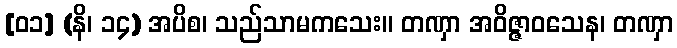
[၀၁] (နိ၊ ၁၄) အပိစ၊ သည်သာမကသေး။ တဏှာ အဝိဇ္ဇာဝသေန၊ တဏှာ